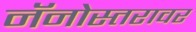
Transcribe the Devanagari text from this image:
नॅनोस्तरावर